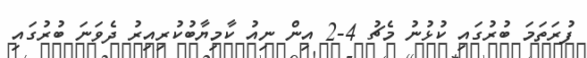
ފުރަތަމަ ބުރުގައި ކުޅުނު މެޗު 4-2 އިން ނިއު ކާމިޔާބުކުރިއިރު ދެވަނަ ބުރުގައި